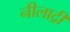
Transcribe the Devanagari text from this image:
नीलाद्री